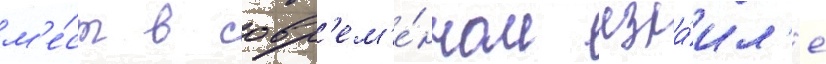
м'е́ст в совр'ем'е́нном изра́ил'е